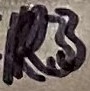
Text: R3